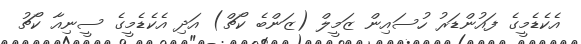
އެކެޑެމީގެ ފައުންޑަރު ހުސައިން ޒަމީލް (ޒަންބެ ކޯޗް) އަދި އެކެޑެމީގެ ސީނިއާ ކޯޗު